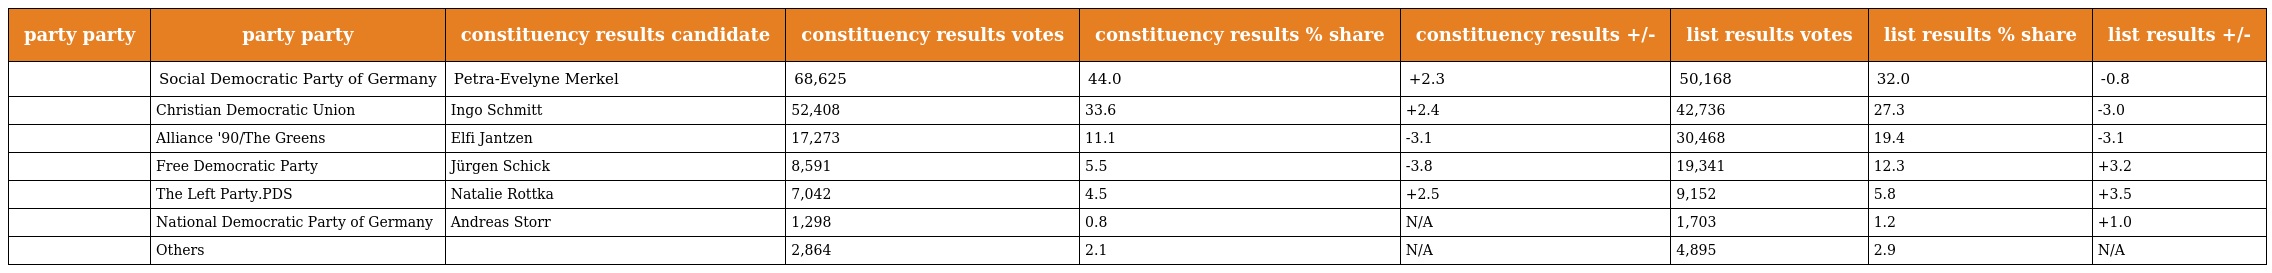
| party party | party party | constituency results candidate | constituency results votes | constituency results % share | constituency results +/- | list results votes | list results % share | list results +/- |
 | --- | --- | --- | --- | --- | --- | --- | --- | --- |
 |  | Social Democratic Party of Germany | Petra-Evelyne Merkel | 68,625 | 44.0 | +2.3 | 50,168 | 32.0 | -0.8 |
 |  | Christian Democratic Union | Ingo Schmitt | 52,408 | 33.6 | +2.4 | 42,736 | 27.3 | -3.0 |
 |  | Alliance '90/The Greens | Elfi Jantzen | 17,273 | 11.1 | -3.1 | 30,468 | 19.4 | -3.1 |
 |  | Free Democratic Party | Jürgen Schick | 8,591 | 5.5 | -3.8 | 19,341 | 12.3 | +3.2 |
 |  | The Left Party.PDS | Natalie Rottka | 7,042 | 4.5 | +2.5 | 9,152 | 5.8 | +3.5 |
 |  | National Democratic Party of Germany | Andreas Storr | 1,298 | 0.8 | N/A | 1,703 | 1.2 | +1.0 |
 |  | Others |  | 2,864 | 2.1 | N/A | 4,895 | 2.9 | N/A |